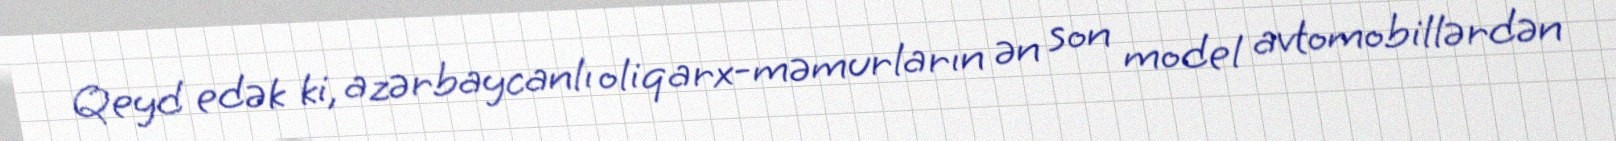
Qeyd edək ki, azərbaycanlı oliqarx-məmurların ən son model avtomobillərdən